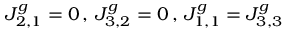
J _ { 2 , 1 } ^ { g } = 0 \, , \, J _ { 3 , 2 } ^ { g } = 0 \, , \, J _ { 1 , 1 } ^ { g } = J _ { 3 , 3 } ^ { g }